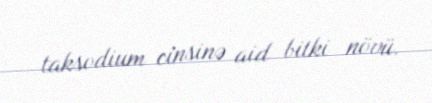
taksodium cinsinə aid bitki növü.